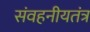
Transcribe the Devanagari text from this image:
संवहनीयतंत्र